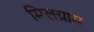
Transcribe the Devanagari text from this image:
मिलग्राम